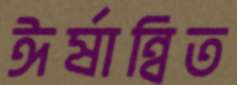
ঈর্ষান্বিত